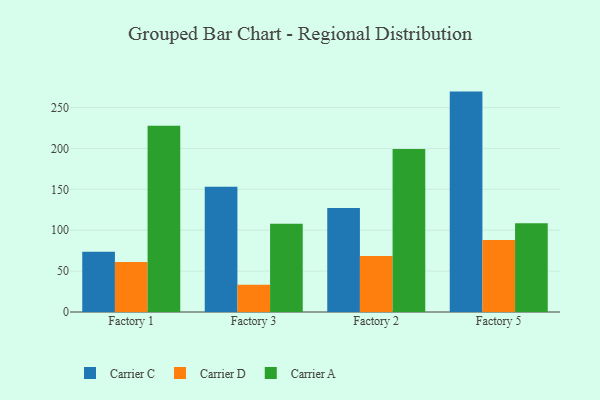
{"axis": {"x": "Factory", "y": "Active Users"}, "legend": ["Carrier A", "Carrier C", "Carrier D"], "data": [{"x": "Factory 1", "y": 73.6, "type": "Carrier C"}, {"x": "Factory 1", "y": 61.1, "type": "Carrier D"}, {"x": "Factory 1", "y": 227.7, "type": "Carrier A"}, {"x": "Factory 3", "y": 153.0, "type": "Carrier C"}, {"x": "Factory 3", "y": 33.2, "type": "Carrier D"}, {"x": "Factory 3", "y": 107.9, "type": "Carrier A"}, {"x": "Factory 2", "y": 127.2, "type": "Carrier C"}, {"x": "Factory 2", "y": 68.5, "type": "Carrier D"}, {"x": "Factory 2", "y": 199.4, "type": "Carrier A"}, {"x": "Factory 5", "y": 269.5, "type": "Carrier C"}, {"x": "Factory 5", "y": 87.9, "type": "Carrier D"}, {"x": "Factory 5", "y": 108.6, "type": "Carrier A"}]}